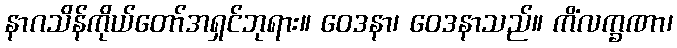
နာဂသိန်ကိုယ်တော်အရှင်ဘုရား။ ဝေဒနာ၊ ဝေဒနာသည်။ ကိံလက္ခဏာ၊